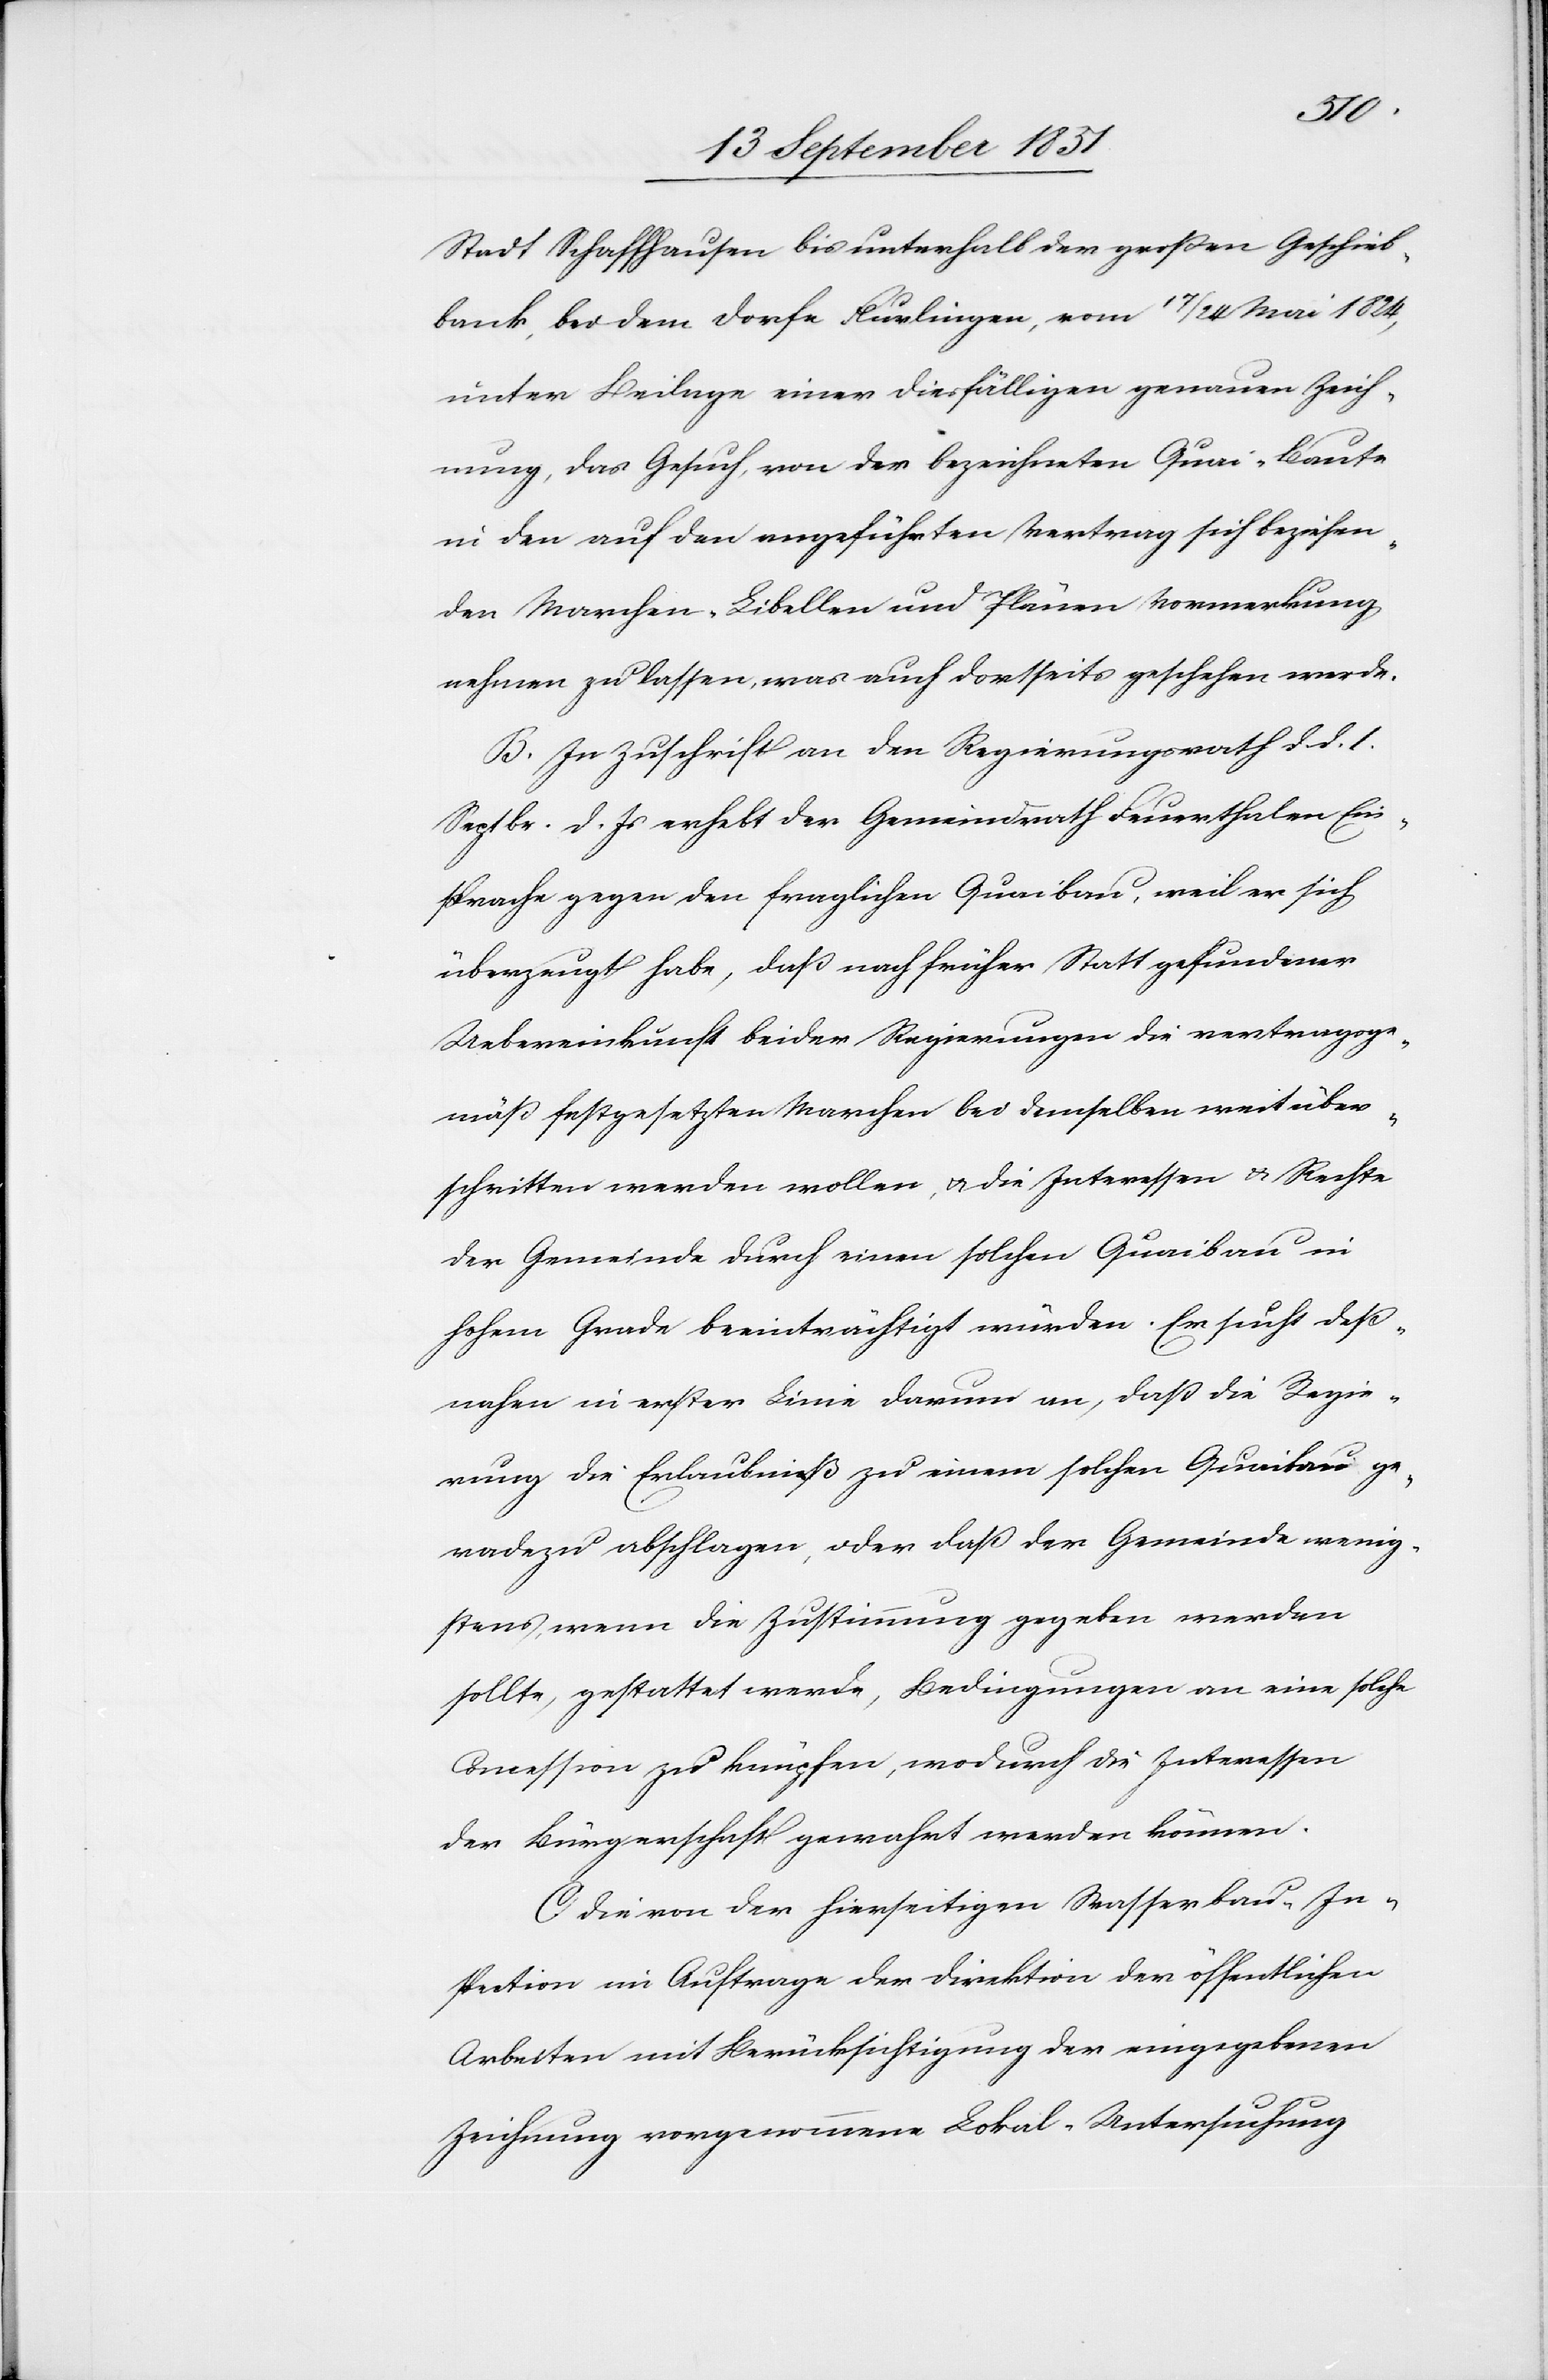
Stadt Schaffhausen bis unterhalb der großen Geschieb¬
bank, bei dem Dorfe Flurlingen, vom 17 / 24 Mai 1824,
unter Beilage einer diesfälligen genauen Zeich¬
nung, das Gesuch, von der bezeichneten Quai-Baute
in den auf den angeführten Vertrag sich beziehen¬
den Marchen-Libellen und Plänen Vormerkung
nehmen zu lassen, was auch dortseits geschehen werde.
B. In Zuschrift an den Regierungsrath d. d. 1.
Septbr. d. Js erhebt der Gemeindrath Feuerthalen Ein¬
sprache gegen den fraglichen Quaibau, weil er sich
überzeugt habe, daß nach früher Statt gefundener
Uebereinkunft beider Regierungen die vertragsge¬
mäß festgesetzten Marchen bei demselben weit über¬
schritten werden wollen, & die Interessen & Rechte
der Gemeinde durch einen solchen Quaibau in
hohem Grade beeinträchtigt würden. Er sucht deß¬
nahen in erster Linie darum an, daß die Regie¬
rung die Erlaubniß zu einem solchen Quaibau ge¬
radezu abschlagen, oder daß der Gemeinde wenig¬
stens, wenn die Zustimmung gegeben werden
sollte, gestattet werde, Bedingungen an eine solche
Concession zu knüpfen, wodurch die Interessen
der Bürgerschaft gewahrt werden können.
C. Die von der hierseitigen Wasserbau-In¬
spection im Auftrage der Direktion der öffentlichen
Arbeiten mit Berücksichtigung der eingegebenen
Zeichnung vorgenommene Lokal-Untersuchung